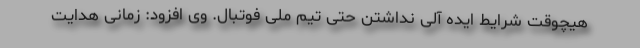
هیچوقت شرایط ایده آلی نداشتن حتی تیم ملی فوتبال. وی افزود: زمانی هدایت